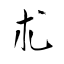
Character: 朮